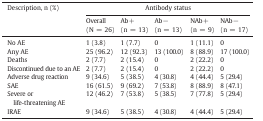
<table><thead><tr><td rowspan="3"><b>Description, n (%)</b></td><td colspan="5"><b>Antibody status</b></td></tr><tr><td><b>Overall</b></td><td><b>Ab +</b></td><td><b>Ab −</b></td><td><b>NAb +</b></td><td><b>NAb −</b></td></tr><tr><td><b>(N = 26)</b></td><td><b>(n = 13)</b></td><td><b>(n = 13)</b></td><td><b>(n = 9)</b></td><td><b>(n = 17)</b></td></tr></thead><tbody><tr><td>No AE</td><td>1 (3.8)</td><td>1 (7.7)</td><td>0</td><td>1 (11.1)</td><td>0</td></tr><tr><td>Any AE</td><td>25 (96.2)</td><td>12 (92.3)</td><td>13 (100.0)</td><td>8 (88.9)</td><td>17 (100.0)</td></tr><tr><td>Deaths</td><td>2 (7.7)</td><td>2 (15.4)</td><td>0</td><td>2 (22.2)</td><td>0</td></tr><tr><td>Discontinued due to an AE</td><td>2 (7.7)</td><td>2 (15.4)</td><td>0</td><td>2 (22.2)</td><td>0</td></tr><tr><td>Adverse drug reaction</td><td>9 (34.6)</td><td>5 (38.5)</td><td>4 (30.8)</td><td>4 (44.4)</td><td>5 (29.4)</td></tr><tr><td>SAE</td><td>16 (61.5)</td><td>9 (69.2)</td><td>7 (53.8)</td><td>8 (88.9)</td><td>8 (47.1)</td></tr><tr><td>Severe or life-threatening AE</td><td>12 (46.2)</td><td>7 (53.8)</td><td>5 (38.5)</td><td>7 (77.8)</td><td>5 (29.4)</td></tr><tr><td>IRAE</td><td>9 (34.6)</td><td>5 (38.5)</td><td>4 (30.8)</td><td>4 (44.4)</td><td>5 (29.4)</td></tr></tbody></table>